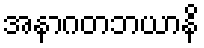
အနာဂတဘယာနိ